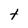
Character: t